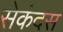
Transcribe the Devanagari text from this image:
सेकंदस